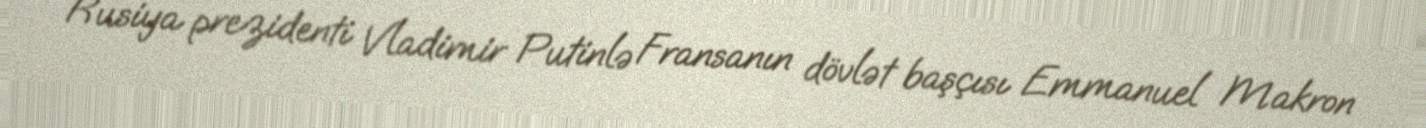
Rusiya prezidenti Vladimir Putinlə Fransanın dövlət başçısı Emmanuel Makron